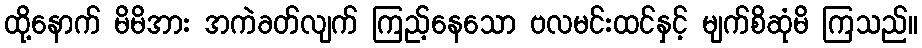
ထို့နောက် မိမိအား အကဲခတ်လျက် ကြည့်နေသော ဗလမင်းထင်နှင့် မျက်စိဆုံမိ ကြသည်။